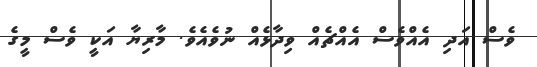
ވެސް އަދި އެއްވެސް އެއްޗެއް ވިދާޅެއް ނުވެއެވެ. މާރިޔާ އަކީ ވެސް މީގެ